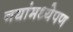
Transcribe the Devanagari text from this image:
नद्यांमध्येपण